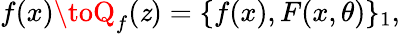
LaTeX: f(x)\toQ_{f}(\mathit{z})=\{ f(x),F(x,\theta)\} _{1},